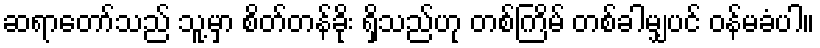
ဆရာတော်သည် သူ့မှာ စိတ်တန်ခိုး ရှိသည်ဟု တစ်ကြိမ် တစ်ခါမျှပင် ဝန်မခံပါ။